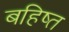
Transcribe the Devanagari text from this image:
बहिष्त